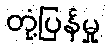
တုံ့ပြန်မှု